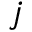
j